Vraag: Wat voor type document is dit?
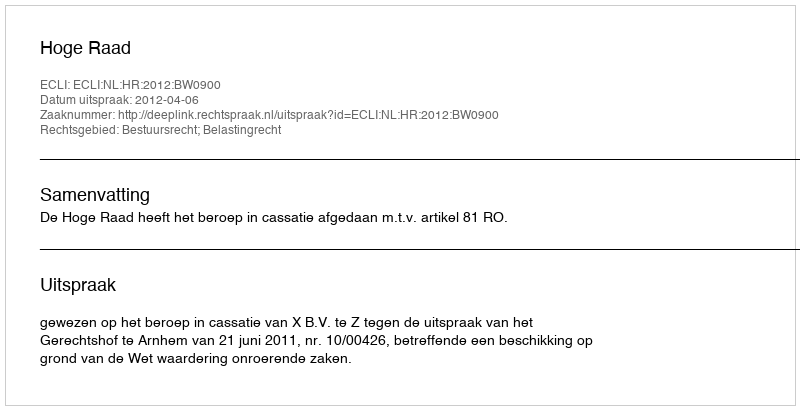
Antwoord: Uitspraak